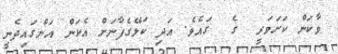
ވާކަން ކަށަވަރީ  ގެ  ގައެވެ. އަދި ކަލޭގެފާނަށް އެކަން އަންގައިދެނީ